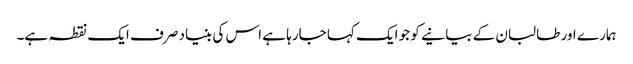
ہمارے اور طالبان کے بیانیے کو جو ایک کہا جارہا ہے اس کی بنیاد صرف ایک نقطہ ہے۔